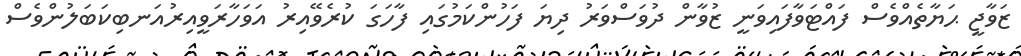
ޒަވާޖީ ޙަޔާތެއްވެސް ފައްޓަވާފައިވަނީ ޒުވާން ދުވަސްވަރު ދިޔަ ފަހުންކަމުގައި ފާހަގަ ކުރެވޭއިރު އަވަހާރަވީއިރުއަނބިކަބަލުންވެސް